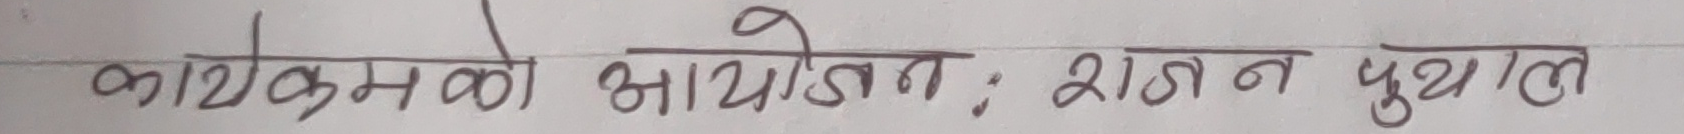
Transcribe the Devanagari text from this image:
कार्यक्रमको आयोजना : राजन पुयाल